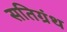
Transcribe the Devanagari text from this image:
सतिग्रंथ